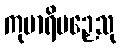
ကုမာရိပဉှေသု